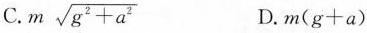
C. $$m \sqrt { g ^ { 2 } + a ^ { 2 } }$$ D.$$m ( g + a )$$